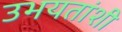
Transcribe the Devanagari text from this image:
उभयतांशी